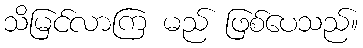
သိမြင်လာကြ မည် ဖြစ်ပေသည်။